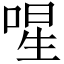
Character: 𭈻